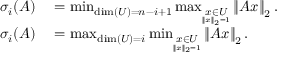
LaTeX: \begin{array} { r l } { \sigma _ { i } ( A ) } & { { } = \operatorname* { m i n } _ { \dim ( U ) = n - i + 1 } \operatorname* { m a x } _ { \underset { \| x \| _ { 2 } = 1 } { x \in U } } \left\| A x \right\| _ { 2 } . } \\ { \sigma _ { i } ( A ) } & { { } = \operatorname* { m a x } _ { \dim ( U ) = i } \operatorname* { m i n } _ { \underset { \| x \| _ { 2 } = 1 } { x \in U } } \left\| A x \right\| _ { 2 } . } \end{array}